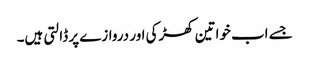
جسے اب خواتین کھڑکی اور دروازے پر ڈالتی ہیں۔